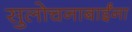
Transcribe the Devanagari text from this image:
सुलोचनाबाईंना